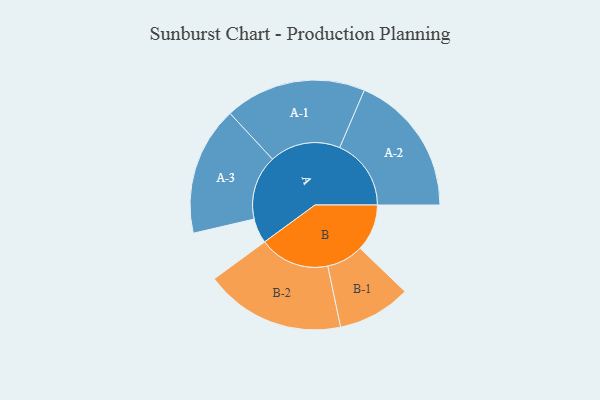
{"axis": {"x": "Segment", "y": "Value"}, "legend": ["", "A", "B"], "data": [{"x": "A", "y": 102, "type": ""}, {"x": "B", "y": 193, "type": ""}, {"x": "A-1", "y": 291, "type": "A"}, {"x": "A-2", "y": 294, "type": "A"}, {"x": "A-3", "y": 265, "type": "A"}, {"x": "B-1", "y": 151, "type": "B"}, {"x": "B-2", "y": 289, "type": "B"}]}